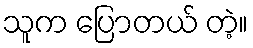
သူက ပြောတယ် တဲ့။